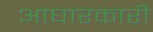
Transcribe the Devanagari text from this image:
आघारकारी